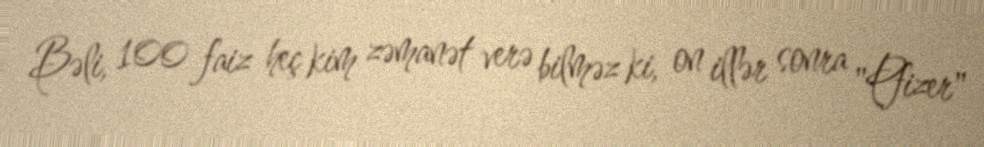
Bəli, 100 faiz heç kim zəmanət verə bilməz ki, on illər sonra "Pfizer"